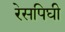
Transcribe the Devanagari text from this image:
रेसपिघी